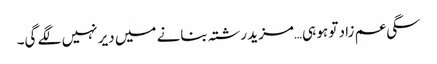
سگی عم زاد تو ہو ہی…مزید رشتہ بنانے میں دیر نہیں لگے گی۔